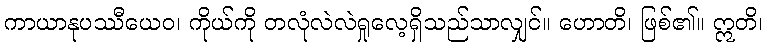
ကာယာနုပဿီယေဝ၊ ကိုယ်ကို တလုံလဲလဲရှုလေ့ရှိသည်သာလျှင်။ ဟောတိ၊ ဖြစ်၏။ ဣတိ၊